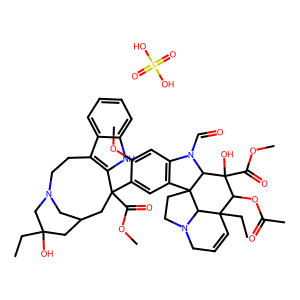
SMILES: CCC1(O)CC2CN(CCc3c([nH]c4ccccc34)C(C(=O)OC)(c3cc4c(cc3OC)N(C=O)C3C(O)(C(=O)OC)C(OC(C)=O)C5(CC)C=CCN6CCC43C65)C2)C1.O=S(=O)(O)O
Inhibits HIV replication: No